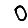
Digit: 0